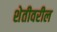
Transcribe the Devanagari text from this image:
शेतीवरील